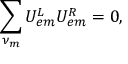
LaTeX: \sum _ { \nu _ { m } } U _ { e m } ^ { L } U _ { e m } ^ { R } = 0 ,